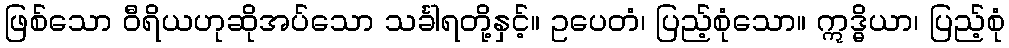
ဖြစ်သော ဝီရိယဟုဆိုအပ်သော သင်္ခါရတို့နှင့်။ ဥပေတံ၊ ပြည့်စုံသော။ ဣဒ္ဓိယာ၊ ပြည့်စုံ